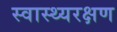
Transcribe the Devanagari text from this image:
स्वास्थ्यरक्षण